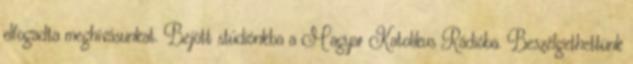
elfogadta meghívásunkat. Bejött stúdiónkba a Magyar Katolikus Rádióba. Beszélgethettünk